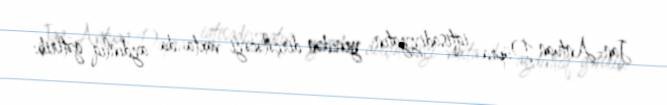
Jan-Antuan Düpra iqtisadiyyatın yenidən dirçələcəyi vaxta da aydınlıq gətirib: